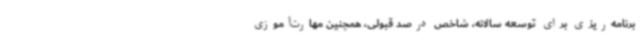
برنامه‌ریزی برای توسعه سالانه، شاخص درصد قبولی، همچنین مهارت‌آموزی